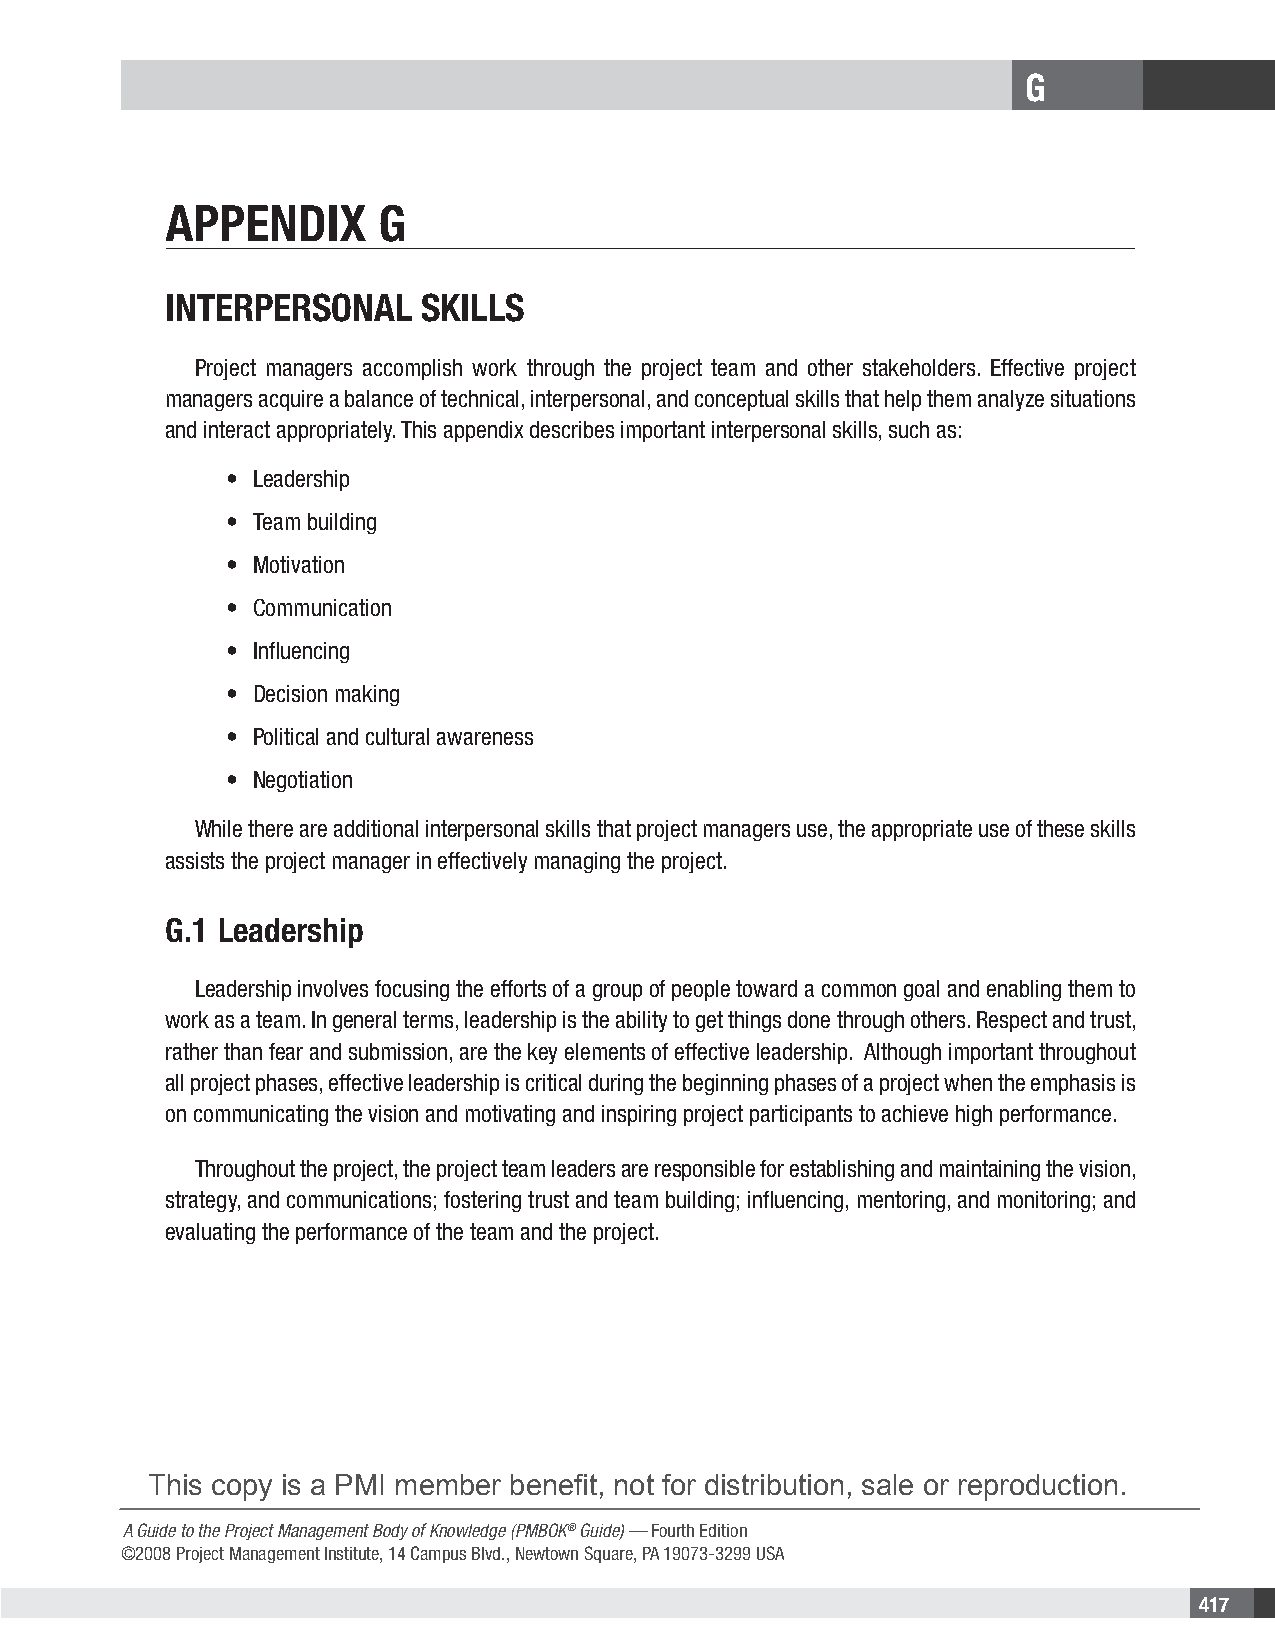
G
 APPENDIX      G
 INtErPErsoNAl    skIlls
 Project managers accomplish work through the project team and other stakeholders. Effective project
 managers acquire a balance of technical, interpersonal, and conceptual skills that help them analyze situations
 and interact appropriately. This appendix describes important interpersonal skills, such as:
 • Leadership
 • Team building
 • Motivation
 • Communication
 • Influencing
 • Decision making
 • Political and cultural awareness
 • Negotiation
 While there are additional interpersonal skills that project managers use, the appropriate use of these skills
 assists the project manager in effectively managing the project.
 G.1 Leadership
 Leadership involves focusing the efforts of a group of people toward a common goal and enabling them to
 work as a team. In general terms, leadership is the ability to get things done through others. Respect and trust,
 rather than fear and submission, are the key elements of effective leadership. Although important throughout
 all project phases, effective leadership is critical during the beginning phases of a project when the emphasis is
 on communicating the vision and motivating and inspiring project participants to achieve high performance.
 Throughout the project, the project team leaders are responsible for establishing and maintaining the vision,
 strategy, and communications; fostering trust and team building; influencing, mentoring, and monitoring; and
 evaluating the performance of the team and the project.
 This copy is a PMI member benefit, not for distribution, sale or reproduction.
 A Guide to the Project Management Body of Knowledge (PMBOK® Guide) — Fourth Edition
 ©2008 Project Management Institute, 14 Campus Blvd., Newtown Square, PA 19073-3299 USA
 417